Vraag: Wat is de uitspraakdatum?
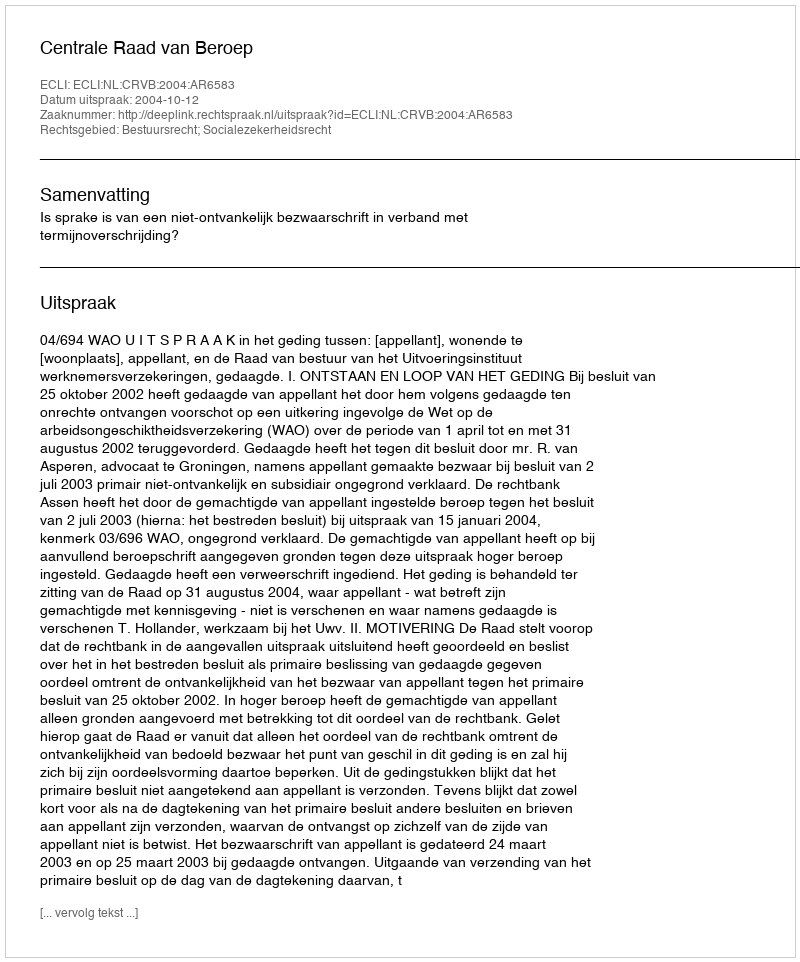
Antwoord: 2004-10-12